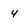
Character: 4